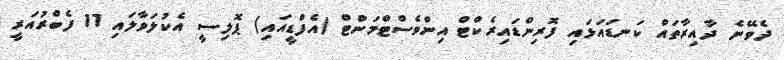
ދެވޭނެ ދާއިރާތައް ކަނޑައަޅައި ފޮރިންޑައިރެކްޓް އިންވެސްޓްމަންޓް (އެފްޑީއައި) ޕޮލިސީ އެކުލަވާލައި 11 ފެބްރުއަރީ